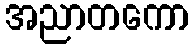
အညာတကော